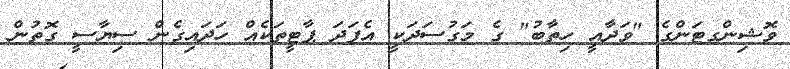
ވޮޝިންގޓަންގެ "ވަދާއީ ހިތާބު" ގެ މަގުސަދަކީ އެފަދަ ޕާޓީތަކެއް ހަދައިގެން ސިޔާސީ ގޮތުން